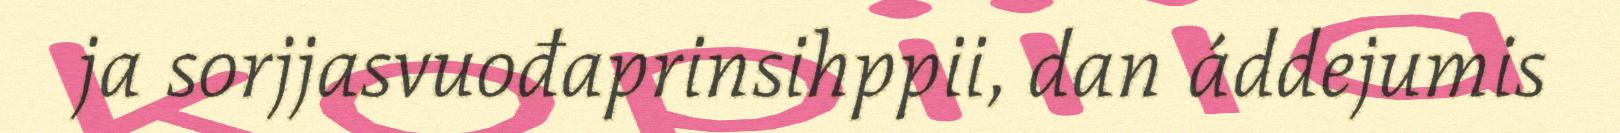
ja sorjjasvuođaprinsihppii, dan áddejumis